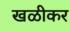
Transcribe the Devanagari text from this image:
खळीकर